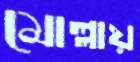
মোল্লায়